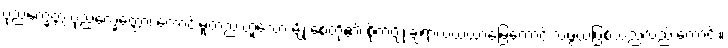
ပုညက္ခေတ္တံ ပုညက္ခေတ္တော၊ ကောင်းမှုတည်းဟူသော မျိုးစေ့တို့၏ စိုက်ပျိုးချရာလယ်ယာမြေကောင်းသဖွယ်ဖြစ်သည်လည်းကောင်း။